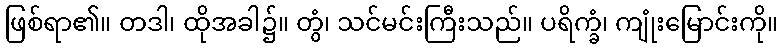
ဖြစ်ရာ၏။ တဒါ၊ ထိုအခါ၌။ တွံ၊ သင်မင်းကြီးသည်။ ပရိက္ခံ၊ ကျုံးမြောင်းကို။